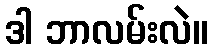
ဒါ ဘာလမ်းလဲ။